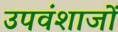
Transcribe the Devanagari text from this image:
उपवंशाजों